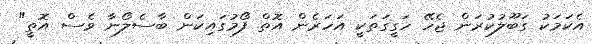
އެކަމަކު ގަބޫލުކުރަން ޖެހޭ ހަގީގަތަކީ އަހަރެން އޮތް ފޯމުގައިކަން ބާސެލޯނާ ވެސް އޮތީ"